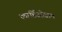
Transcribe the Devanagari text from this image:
कार्डिओग्राम